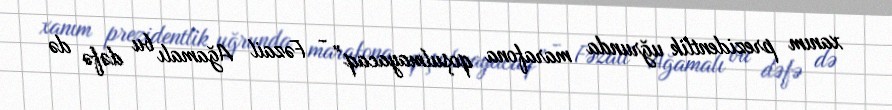
xanım prezidentlik uğrunda marafona qoşulmayacaq” - Fəzail Ağamalı bu dəfə də